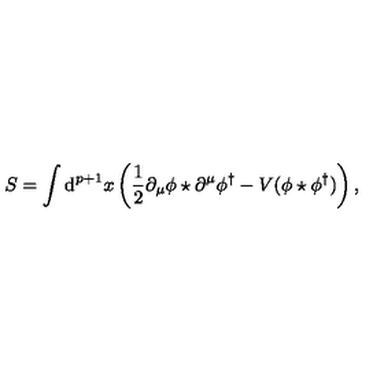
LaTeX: S = \int \mathrm { d } ^ { p + 1 } x \left( \frac { 1 } { 2 } \partial _ { \mu } \phi \star \partial ^ { \mu } \phi ^ { \dag } - V ( \phi \star \phi ^ { \dag } ) \right) ,